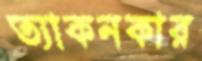
ত্যাকনকার